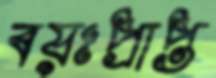
বয়ঃপ্রাপ্ত